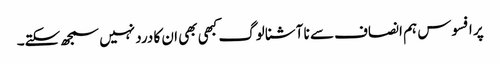
پر افسوس ہم انصاف سے نا آشنا لوگ کبھی بھی ان کا درد نہیں سمجھ سکتے۔